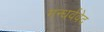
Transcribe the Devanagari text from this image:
गन्धर्ववेद